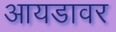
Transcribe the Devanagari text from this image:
आयडावर